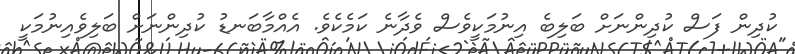
ކުދިން ފަސް ކުދިންނަށް ބަލިބެ އިނުމަކީވެސް ވެދާނެ ކަމެކެވެ. އެއްމާބަނޑު ކުދިންނަށް ބަލިވެއިނުމަކީ